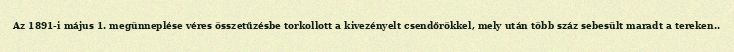
Az 1891-i május 1. megünneplése véres összetűzésbe torkollott a kivezényelt csendőrökkel, mely után több száz sebesült maradt a tereken..